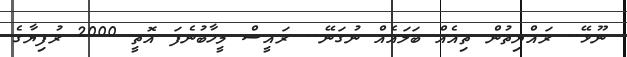
ނޫޅޭ.. ރައްޔިތުން ތިއެއް ބަލައެއް ނުގަނޭ.. ރައީސް މީހާބުނެފަ އޮތީ 2000 ރުފިޔާގެ